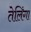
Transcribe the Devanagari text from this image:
तेलिंगा